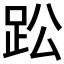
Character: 𮛌